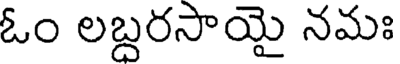
ఓం లబ్దరసాయై నమః